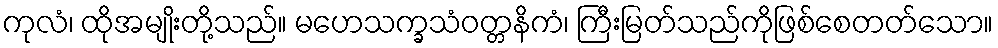
ကုလံ၊ ထိုအမျိုးတို့သည်။ မဟေသက္ခသံဝတ္တနိကံ၊ ကြီးမြတ်သည်ကိုဖြစ်စေတတ်သော။